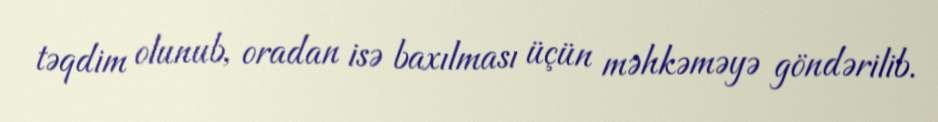
təqdim olunub, oradan isə baxılması üçün məhkəməyə göndərilib.